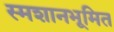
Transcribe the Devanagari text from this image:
स्मशानभूमित